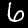
Digit: 6